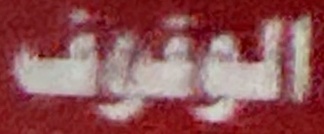
الوقوف